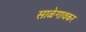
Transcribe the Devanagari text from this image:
साळेगावकर